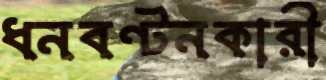
ধনবণ্টনকারী